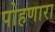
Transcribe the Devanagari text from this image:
पोहणारा